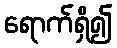
ရောက်ရှိ၍